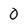
Character: 0